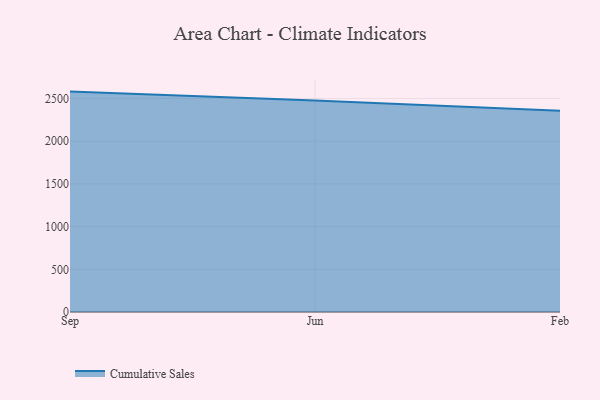
{"axis": {"x": "Month", "y": "Demand Index"}, "legend": ["Cumulative Sales"], "data": [{"x": "Sep", "y": 2581.1, "type": "Cumulative Sales"}, {"x": "Jun", "y": 2476.6, "type": "Cumulative Sales"}, {"x": "Feb", "y": 2357.4, "type": "Cumulative Sales"}]}